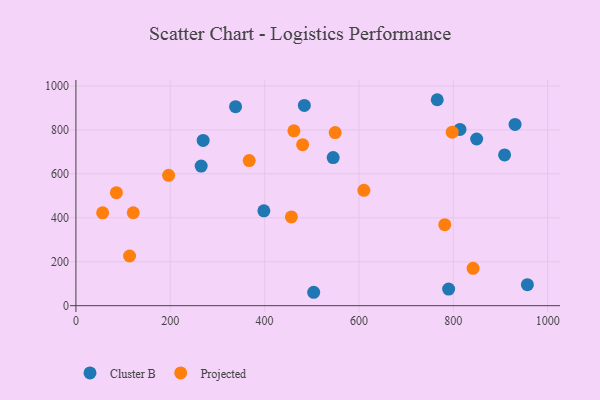
{"axis": {"x": "Price", "y": "Sales"}, "legend": ["Cluster B", "Projected"], "data": [{"x": "265.5", "y": 635.2, "type": "Cluster B"}, {"x": "814.1", "y": 802.1, "type": "Cluster B"}, {"x": "790.1", "y": 75.7, "type": "Cluster B"}, {"x": "398.4", "y": 431.8, "type": "Cluster B"}, {"x": "908.7", "y": 686.0, "type": "Cluster B"}, {"x": "765.9", "y": 937.1, "type": "Cluster B"}, {"x": "338.4", "y": 905.6, "type": "Cluster B"}, {"x": "269.7", "y": 751.7, "type": "Cluster B"}, {"x": "930.9", "y": 824.8, "type": "Cluster B"}, {"x": "504.0", "y": 61.0, "type": "Cluster B"}, {"x": "957.0", "y": 95.7, "type": "Cluster B"}, {"x": "545.3", "y": 674.1, "type": "Cluster B"}, {"x": "484.2", "y": 911.3, "type": "Cluster B"}, {"x": "849.5", "y": 758.4, "type": "Cluster B"}, {"x": "456.7", "y": 403.7, "type": "Projected"}, {"x": "85.8", "y": 514.4, "type": "Projected"}, {"x": "549.6", "y": 787.7, "type": "Projected"}, {"x": "56.6", "y": 422.3, "type": "Projected"}, {"x": "841.9", "y": 170.0, "type": "Projected"}, {"x": "113.7", "y": 226.0, "type": "Projected"}, {"x": "610.4", "y": 524.9, "type": "Projected"}, {"x": "367.3", "y": 660.4, "type": "Projected"}, {"x": "462.1", "y": 795.5, "type": "Projected"}, {"x": "797.6", "y": 789.4, "type": "Projected"}, {"x": "781.9", "y": 368.5, "type": "Projected"}, {"x": "121.5", "y": 422.9, "type": "Projected"}, {"x": "480.6", "y": 732.8, "type": "Projected"}, {"x": "196.5", "y": 593.0, "type": "Projected"}]}